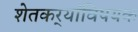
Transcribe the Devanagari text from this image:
शेतकर्‍यांविषयक